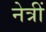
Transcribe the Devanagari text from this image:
नेत्रीं